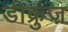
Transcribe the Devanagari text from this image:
डीक्रुज़